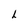
Character: L